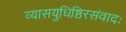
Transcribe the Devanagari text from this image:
व्यासयुधिष्ठिरसंवादः